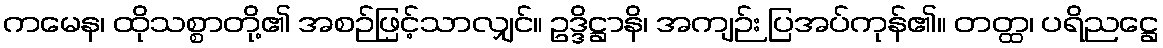
ကမေန၊ ထိုသစ္စာတို့၏ အစဉ်ဖြင့်သာလျှင်။ ဥဒ္ဒိဋ္ဌာနိ၊ အကျဉ်း ပြအပ်ကုန်၏။ တတ္ထ၊ ပရိညဋ္ဌေ